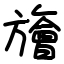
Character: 旝